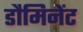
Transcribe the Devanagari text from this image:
डौमिनेंट